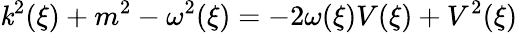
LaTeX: \mathit{k}^{2}(\xi)+m^{2}-\omega^{2}(\xi)=-2\omega(\xi)V(\xi)+V^{2}(\xi)